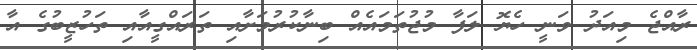
ރާއްޖެ މިއަދު ވަނީ ހެޔޮ ލަފާ މުޖުތަމައެއް ބިނާކުރުމަށާއި ތަރައްގީއާއި ތަހުޒީބުގެ އާ